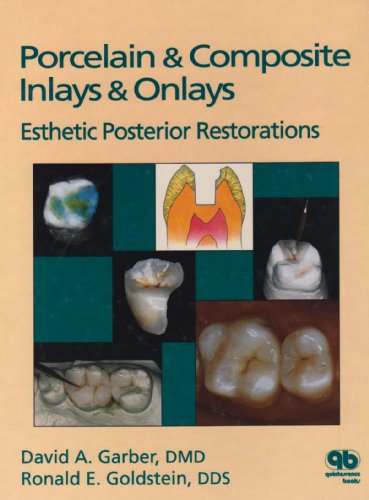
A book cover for Porcelain & Composite Inlays & Onlays: Esthetic Posterior Restorations; David A. Garber; Medical Books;